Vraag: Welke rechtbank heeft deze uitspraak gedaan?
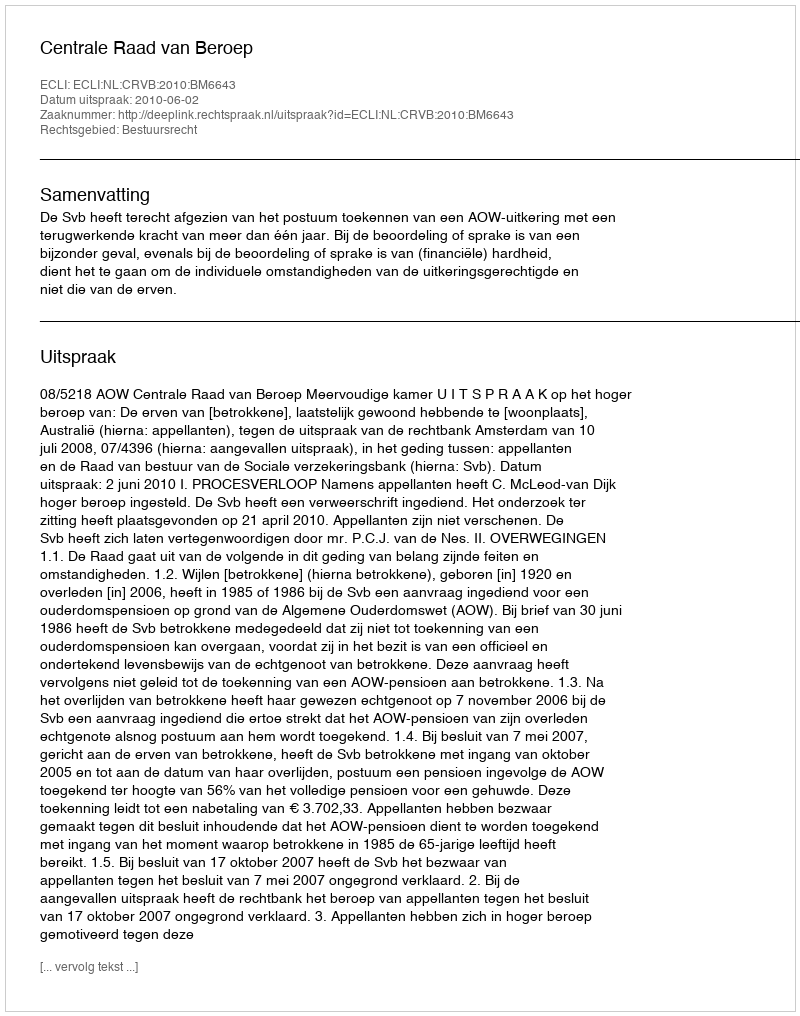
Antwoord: Centrale Raad van Beroep